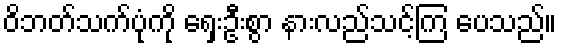
ဝိဘတ်သက်ပုံကို ရှေးဦးစွာ နားလည်သင့်ကြ ပေသည်။